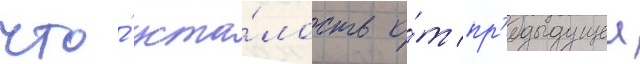
что́ уста́лость о́т пр'едыдущеи